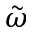
\tilde { \omega }